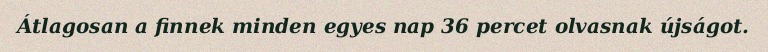
Átlagosan a finnek minden egyes nap 36 percet olvasnak újságot.